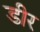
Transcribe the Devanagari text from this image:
डीर